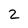
Character: 2